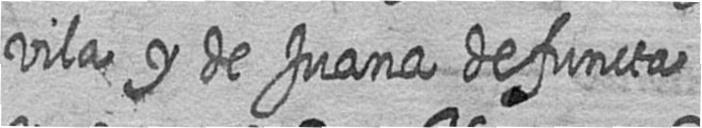
vila y de Juana defuncta